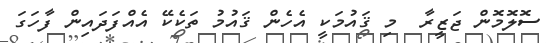
ސޮލޮމޮން ޖަޒީރާ  މި ޤައުމަކީ އެހެން ޤައުމު ތަކެކޭ އެއްފަދައިން ފާހަގަ